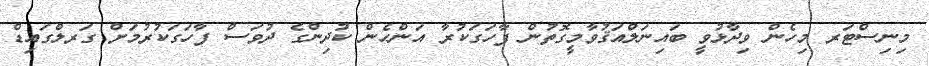
މިނިސްޓަރ މިހެން ވިދާޅުވީ ބައިނަލްއަޤުވާމީގޮތުން ފާހަގަކުރާ އަންހެން ކުދިންގެ ދުވަސް ފާހަގަކުރުމަށް ގަރލްގައިޑް